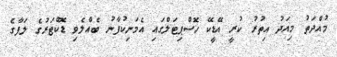
މުއްދަތު މިއަދު އިތުރު ކުރީ އޭޑީކޭ ހޮސްޕިޓަލްގައި އެމަނިކުފާނު ބެއްލެވި ޑޮކްޓަރުގެ ލަފާގެ